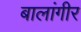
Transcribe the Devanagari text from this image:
बालांगीर